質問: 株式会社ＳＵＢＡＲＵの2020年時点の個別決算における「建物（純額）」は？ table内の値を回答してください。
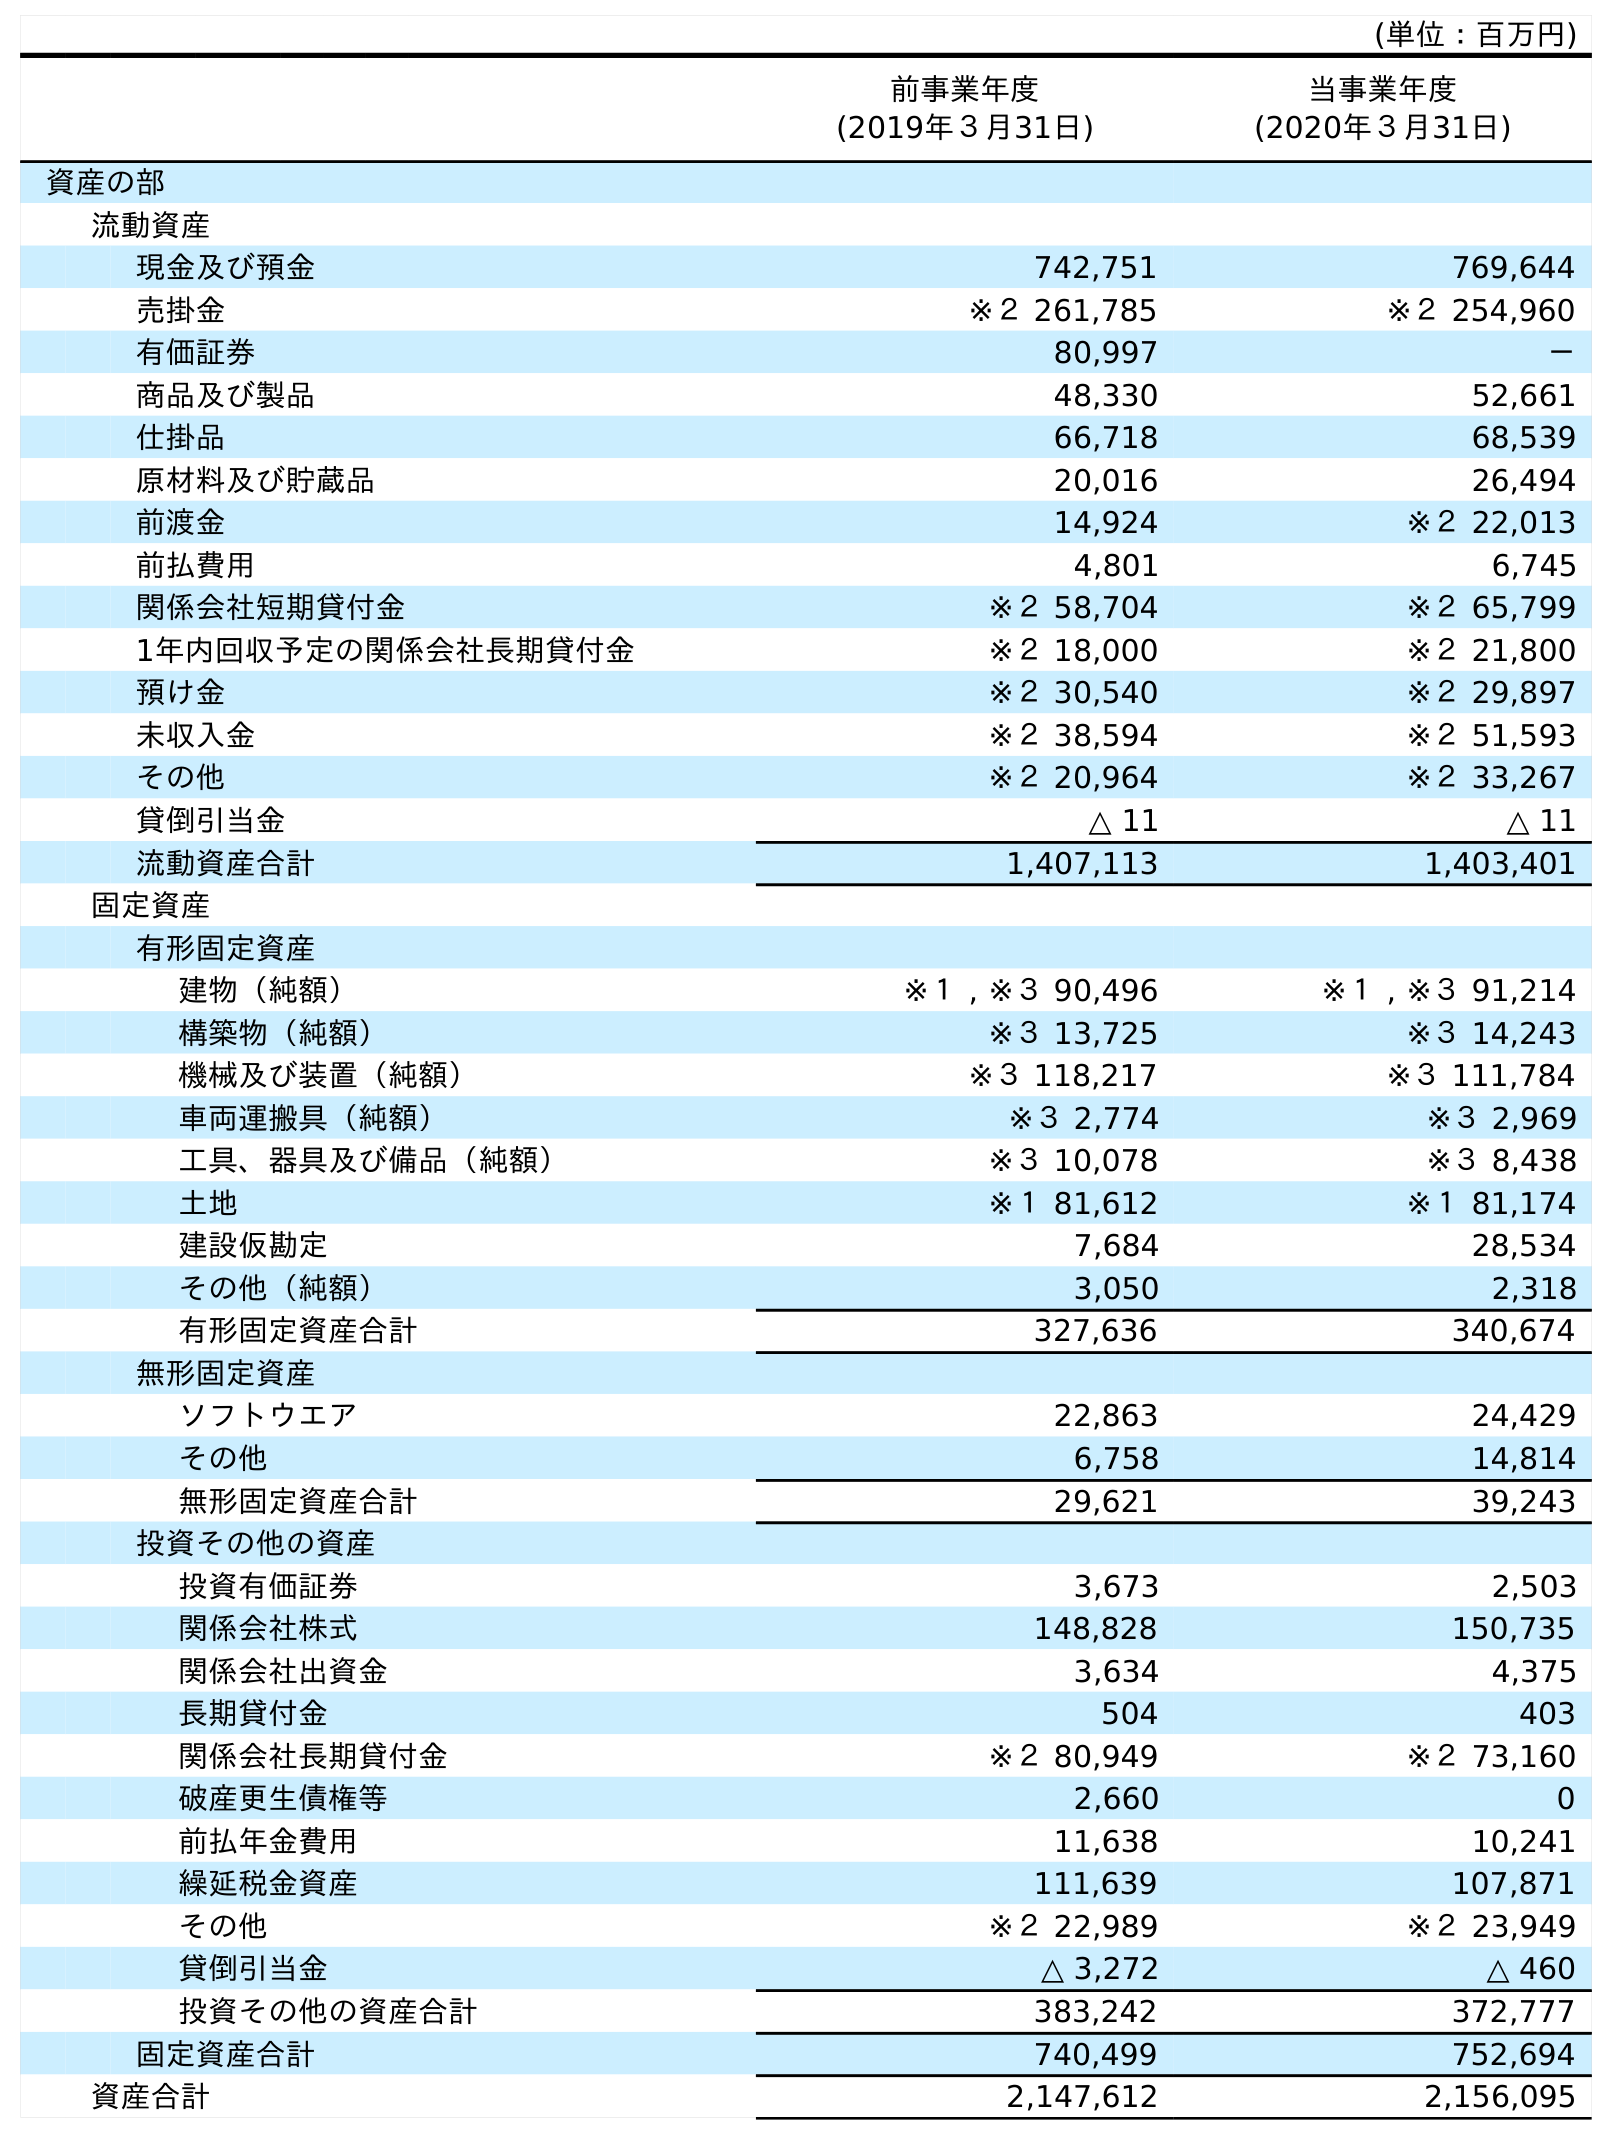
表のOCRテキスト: (単位：百万円) 前事業年度 (2019年３月31日) 当事業年度 (2020年３月31日) 資産の部 流動資産 現金及び預金 742,751 769,644 売掛金 ※２ 261,785 ※２ 254,960 有価証券 80,997 － 商品及び製品 48,330 52,661 仕掛品 66,718 68,539 原材料及び貯蔵品 20,016 26,494 前渡金 14,924 ※２ 22,013 前払費用 4,801 6,745 関係会社短期貸付金 ※２ 58,704 ※２ 65,799 1年内回収予定の関係会社長期貸付金 ※２ 18,000 ※２ 21,800 預け金 ※２ 30,540 ※２ 29,897 未収入金 ※２ 38,594 ※２ 51,593 その他 ※２ 20,964 ※２ 33,267 貸倒引当金 △ 11 △ 11 流動資産合計 1,407,113 1,403,401 固定資産 有形固定資産 建物（純額） ※１ , ※３ 90,496 ※１ , ※３ 91,214 構築物（純額） ※３ 13,725 ※３ 14,243 機械及び装置（純額） ※３ 118,217 ※３ 111,784 車両運搬具（純額） ※３ 2,774 ※３ 2,969 工具、器具及び備品（純額） ※３ 10,078 ※３ 8,438 土地 ※１ 81,612 ※１ 81,174 建設仮勘定 7,684 28,534 その他（純額） 3,050 2,318 有形固定資産合計 327,636 340,674 無形固定資産 ソフトウエア 22,863 24,429 その他 6,758 14,814 無形固定資産合計 29,621 39,243 投資その他の資産 投資有価証券 3,673 2,503 関係会社株式 148,828 150,735 関係会社出資金 3,634 4,375 長期貸付金 504 403 関係会社長期貸付金 ※２ 80,949 ※２ 73,160 破産更生債権等 2,660 0 前払年金費用 11,638 10,241 繰延税金資産 111,639 107,871 その他 ※２ 22,989 ※２ 23,949 貸倒引当金 △ 3,272 △ 460 投資その他の資産合計 383,242 372,777 固定資産合計 740,499 752,694 資産合計 2,147,612 2,156,095
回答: ※１,※３91,214